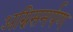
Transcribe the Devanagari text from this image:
अग्निसमर्पण